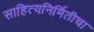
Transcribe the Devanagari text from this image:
साहित्यनिर्मितीचा